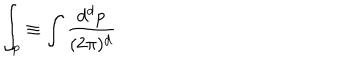
\int _ { p } \equiv \int \frac { d ^ { d } p } { ( 2 \pi ) ^ { d } }